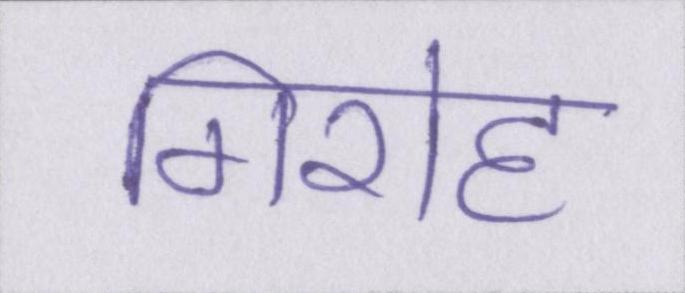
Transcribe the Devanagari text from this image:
गिरोह